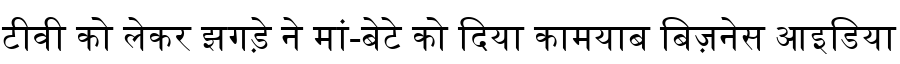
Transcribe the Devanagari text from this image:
टीवी को लेकर झगड़े ने मां-बेटे को दिया कामयाब बिज़नेस आइडिया